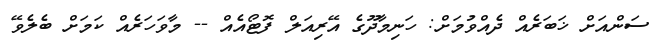
ސަންއަށް ޚަބަރެއް ދެއްވުމަށް: ހަނިމާދޫގެ އޭރިއަލް ފޮޓޯއެއް -- މާވަހަރެއް ކަމަށް ބެލެވޭ